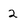
Character: 2